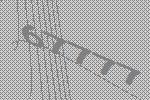
67777